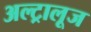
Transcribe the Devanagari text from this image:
अल्ट्रालूज